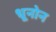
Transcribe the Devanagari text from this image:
धूनोन